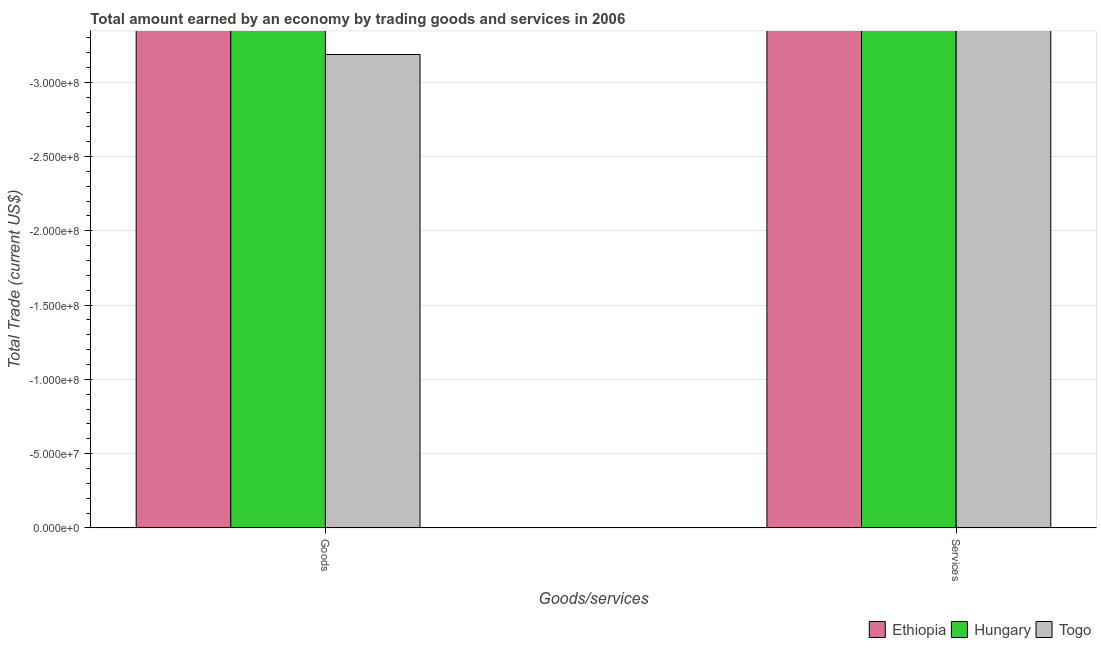
| Goods/services | Ethiopia | Hungary | Togo |
 | --- | --- | --- | --- |
 | Goods | -3.05e+09 | -2.58e+09 | -3.19e+08 |
 | Services | -3.08e+09 | -1.15e+09 | -3.82e+08 |